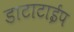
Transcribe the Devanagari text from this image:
डाटाटाईप